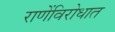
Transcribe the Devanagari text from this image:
राणेंविरोधात